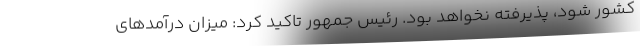
کشور شود، پذیرفته نخواهد بود. رئیس جمهور تاکید کرد: میزان درآمدهای